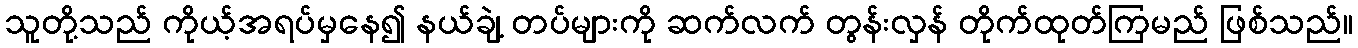
သူတို့သည် ကိုယ့်အရပ်မှနေ၍ နယ်ချဲ့ တပ်များကို ဆက်လက် တွန်းလှန် တိုက်ထုတ်ကြမည် ဖြစ်သည်။